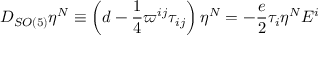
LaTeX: D _ { S O ( 5 ) } \eta ^ { N } \equiv \left( d - \frac { 1 } { 4 } \varpi ^ { i j } \tau _ { i j } \right) \eta ^ { N } = - \frac { e } { 2 } \tau _ { i } \eta ^ { N } E ^ { i }